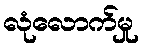
လုံလောက်မှု